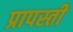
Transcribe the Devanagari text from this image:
प्रापस्ती